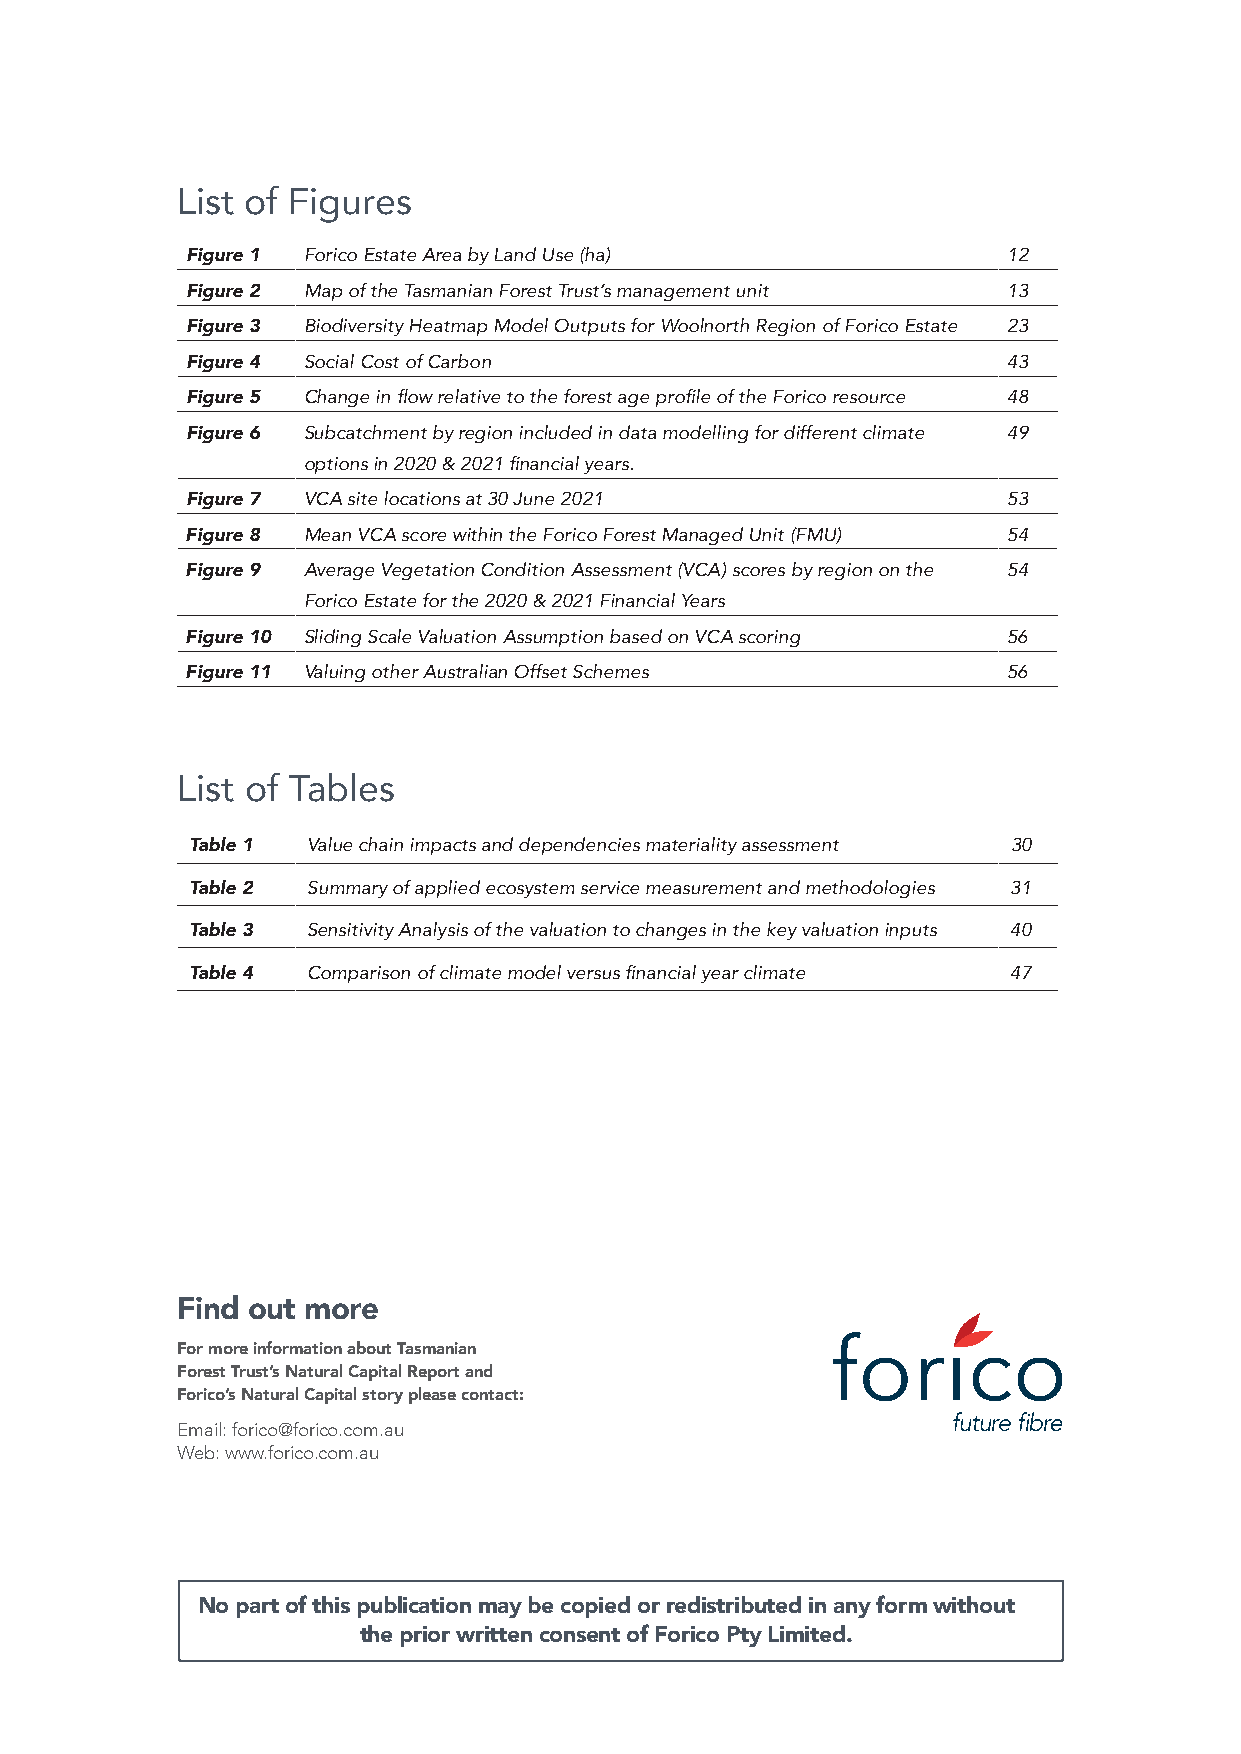
List of Figures
 Figure 1 Forico Estate Area by Land Use (ha)           12
 Figure 2 Map of the Tasmanian Forest Trust’s management unit 13
 Figure 3 Biodiversity Heatmap Model Outputs for Woolnorth Region of Forico Estate 23
 Figure 4 Social Cost of Carbon                         43
 Figure 5 Change in flow relative to the forest age profile of the Forico resource 48
 Figure 6 Subcatchment by region included in data modelling for different climate 49
 options in 2020 & 2021 financial years.
 Figure 7 VCA site locations at 30 June 2021            53
 Figure 8 Mean VCA score within the Forico Forest Managed Unit (FMU) 54
 Figure 9 Average Vegetation Condition Assessment (VCA) scores by region on the 54
 Forico Estate for the 2020 & 2021 Financial Years
 Figure 10 Sliding Scale Valuation Assumption based on VCA scoring 56
 Figure 11 Valuing other Australian Offset Schemes      56
 List of Tables
 Table 1 Value chain impacts and dependencies materiality assessment 30
 Table 2 Summary of applied ecosystem service measurement and methodologies 31
 Table 3 Sensitivity Analysis of the valuation to changes in the key valuation inputs 40
 Table 4 Comparison of climate model versus financial year climate 47
 Find out more
 For more information about Tasmanian
 Forest Trust’s Natural Capital Report and
 Forico’s Natural Capital story please contact:
 Email: forico@forico.com.au
 Web: www.forico.com.au
 No part of this publication may be copied or redistributed in any form without
 the prior written consent of Forico Pty Limited.